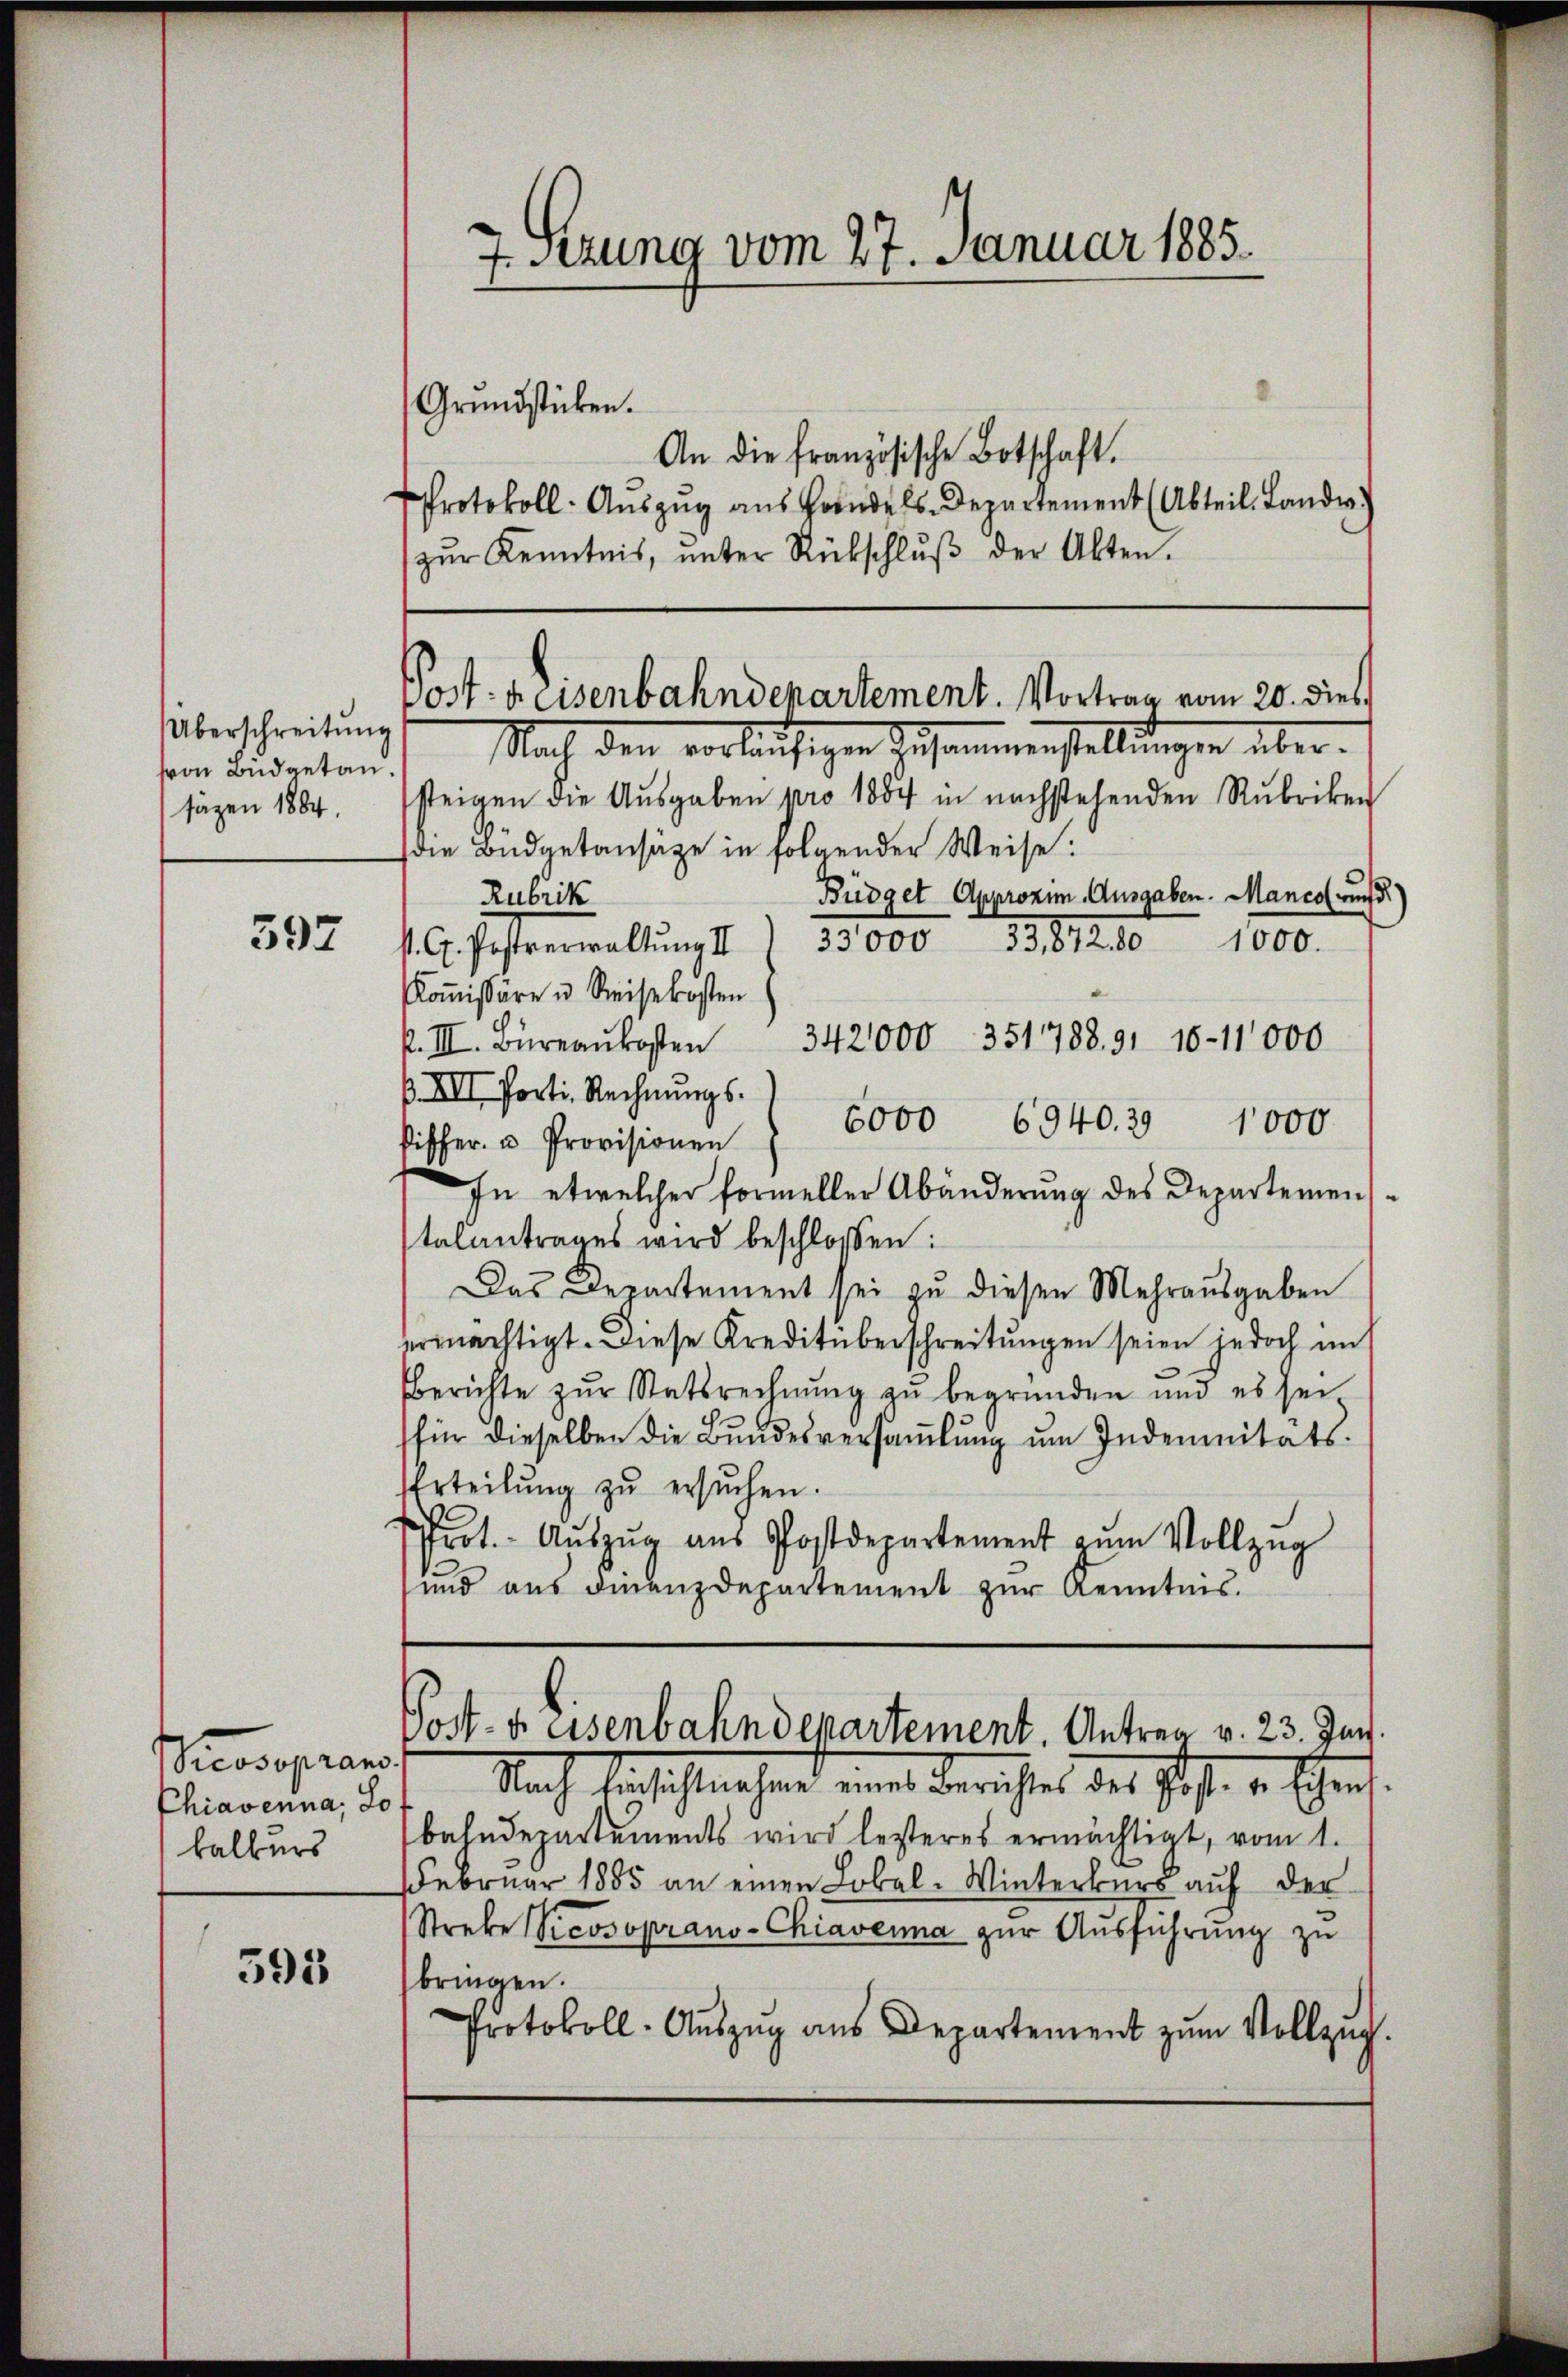
597

rcosopran
Chiavenna, Jo
kalkurs

395

7. Sitzung vom 27. Januar 1885.
Grundstücken.
An die französische Botschaft.
Protokoll- Aŭszŭg ans Handels-Departement (Abteil. Landw.)

Überschreitung
von Budgetan.
säzen 1884.

Post- Reisenbahndepartement. Vortrag vom 20. dies

Nach den vorläufigen Zusammenstellungen übersteigen die Aŭsgaben pro 1884 in nachstehenden Rubriken
die Büdgetansätze in folgender Weise:
Büdget Approxim-Ausgaben. Manco wurd
Rubrik
s. C. Postverwaltung II 33000 33,87280 1000.
Kommissäre u. Reisekosten
k. III. Büreaŭkosten 342000 351788, 91 10–11,000
p. XII. Porti. Rechnungs¬
6000 6940. 29 1000
Differ- u Provisionen
In etwelcher formeller Abänderung des Departemen
talantrages wird beschlossen:
Das Departement sei zu diesen Mehrausgaben
ermächtigt. Diese Kreditüberschreitungen seien jedoch im
Berichte zŭr Statsrechnŭng zu begründen und es sei
(für dieselben die Bundesversammlung um Indemnitäts-
Erteilŭng zŭ ersŭchen.
Prot. Aŭszŭg aŭs Postdepartement dem Vollzŭg
und aus Finanzdepartement zur Kenntnis.

zŭr Kenntnis, ŭnter Rückschlŭβ der Akten.

Post- u. eisenbahndepartement. Antrag v. 23. Jun.

Nach Einsichtnahmend einer Berichtes des Jos. v. Schrif
bahndepartements wird lezteres ermächtigt, vom 1.
Februar 1885 an einen Lokal-Winterkurs auf der
Streke Picosoprano-Chiaverna zur Ausführung zu
bringen.
Protokoll-Aŭszŭg ans Departement zŭm Vollzug.